Civil Veterinary Dept. Bombay admin report 1893-99 - 1893-1899
Year: 1893
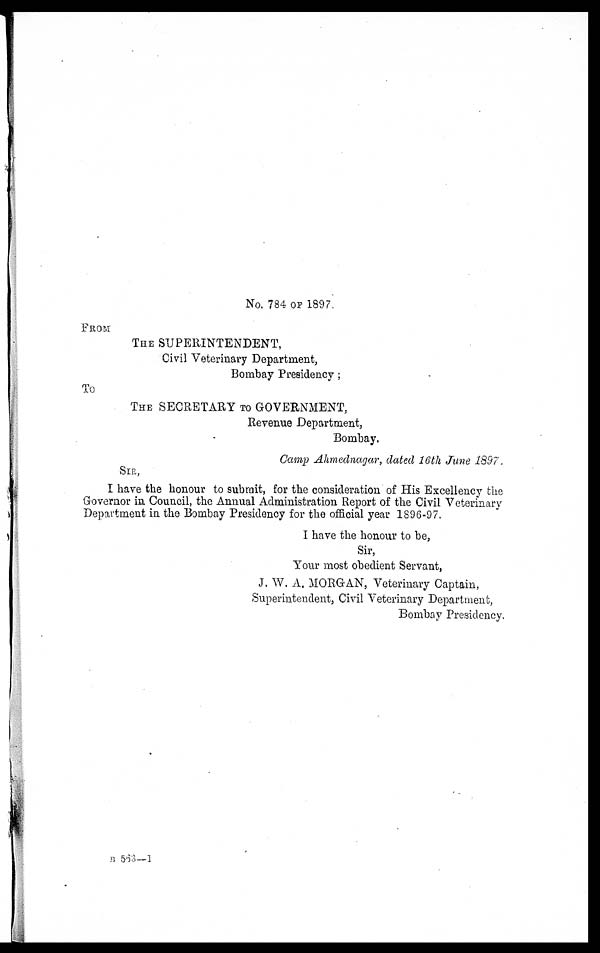
No. 784 OF 1897
FROM
THE SUPERINTENDENT,
Civil Veterinary Department,
Bombay Presidency;
To
THE SECRETARY TO GOVERNMENT,
Revenue Department,
Bombay.
Camp Ahmednagar, dated 16th June 1897.
SIR,
I have the honour to submit, for the consideration of His Excellency the
Governor in Council, the Annual Administration Report of the Civil Veterinary
Department in the Bombay Presidency for the official year 1896-97.
I have the honour to be,
Sir,
Your most obedient Servant,
J. W. A. MORGAN, Veterinary Captain,
Superintendent, Civil Veterinary Department,
Bombay Presidency.